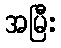
အမြီး